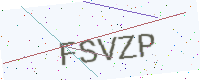
Text: FSVZP